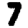
Digit: 7